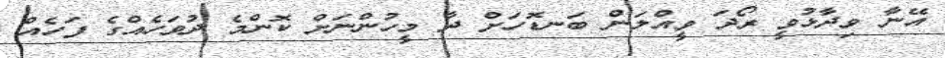
އޭނާ ވިދާޅުވީ ރޯދަ ވީއްލަން ބަނޑޮހަށް ދާ މީހުންނަށް ކޮންމެ ދުވަހެއްގެ ފަހެއް